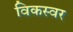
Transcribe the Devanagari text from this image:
विकस्वर